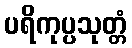
ပရိကုပ္ပသုတ္တံ